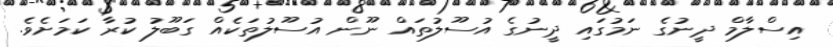
އިސްލާމް ދީނުގެ ނަމުގައި ދީނުގެ އުސޫލުތައް ނޫން އުސޫލުތަކެއް ގަބޫލު ކުރާ ކަމަށެވެ.